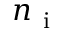
n _ { \mathrm { ~ i ~ } }